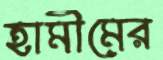
হামীমের